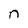
Character: n